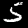
Digit: 5